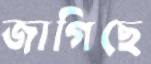
জাগিছে